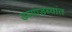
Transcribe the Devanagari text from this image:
डब्याडब्यांत